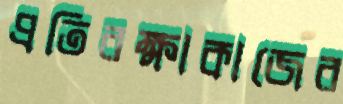
প্রতিরক্ষাকাজের